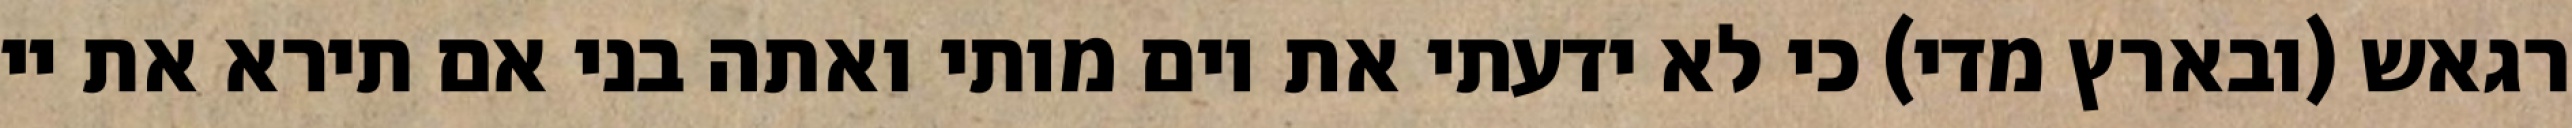
רגאש (ובארץ מדי) כי לא ידעתי את יום מותי ואתה בני אם תירא את יי